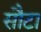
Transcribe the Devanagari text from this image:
सौटा